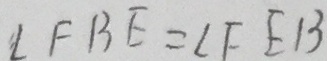
\angle F B E = \angle F E B